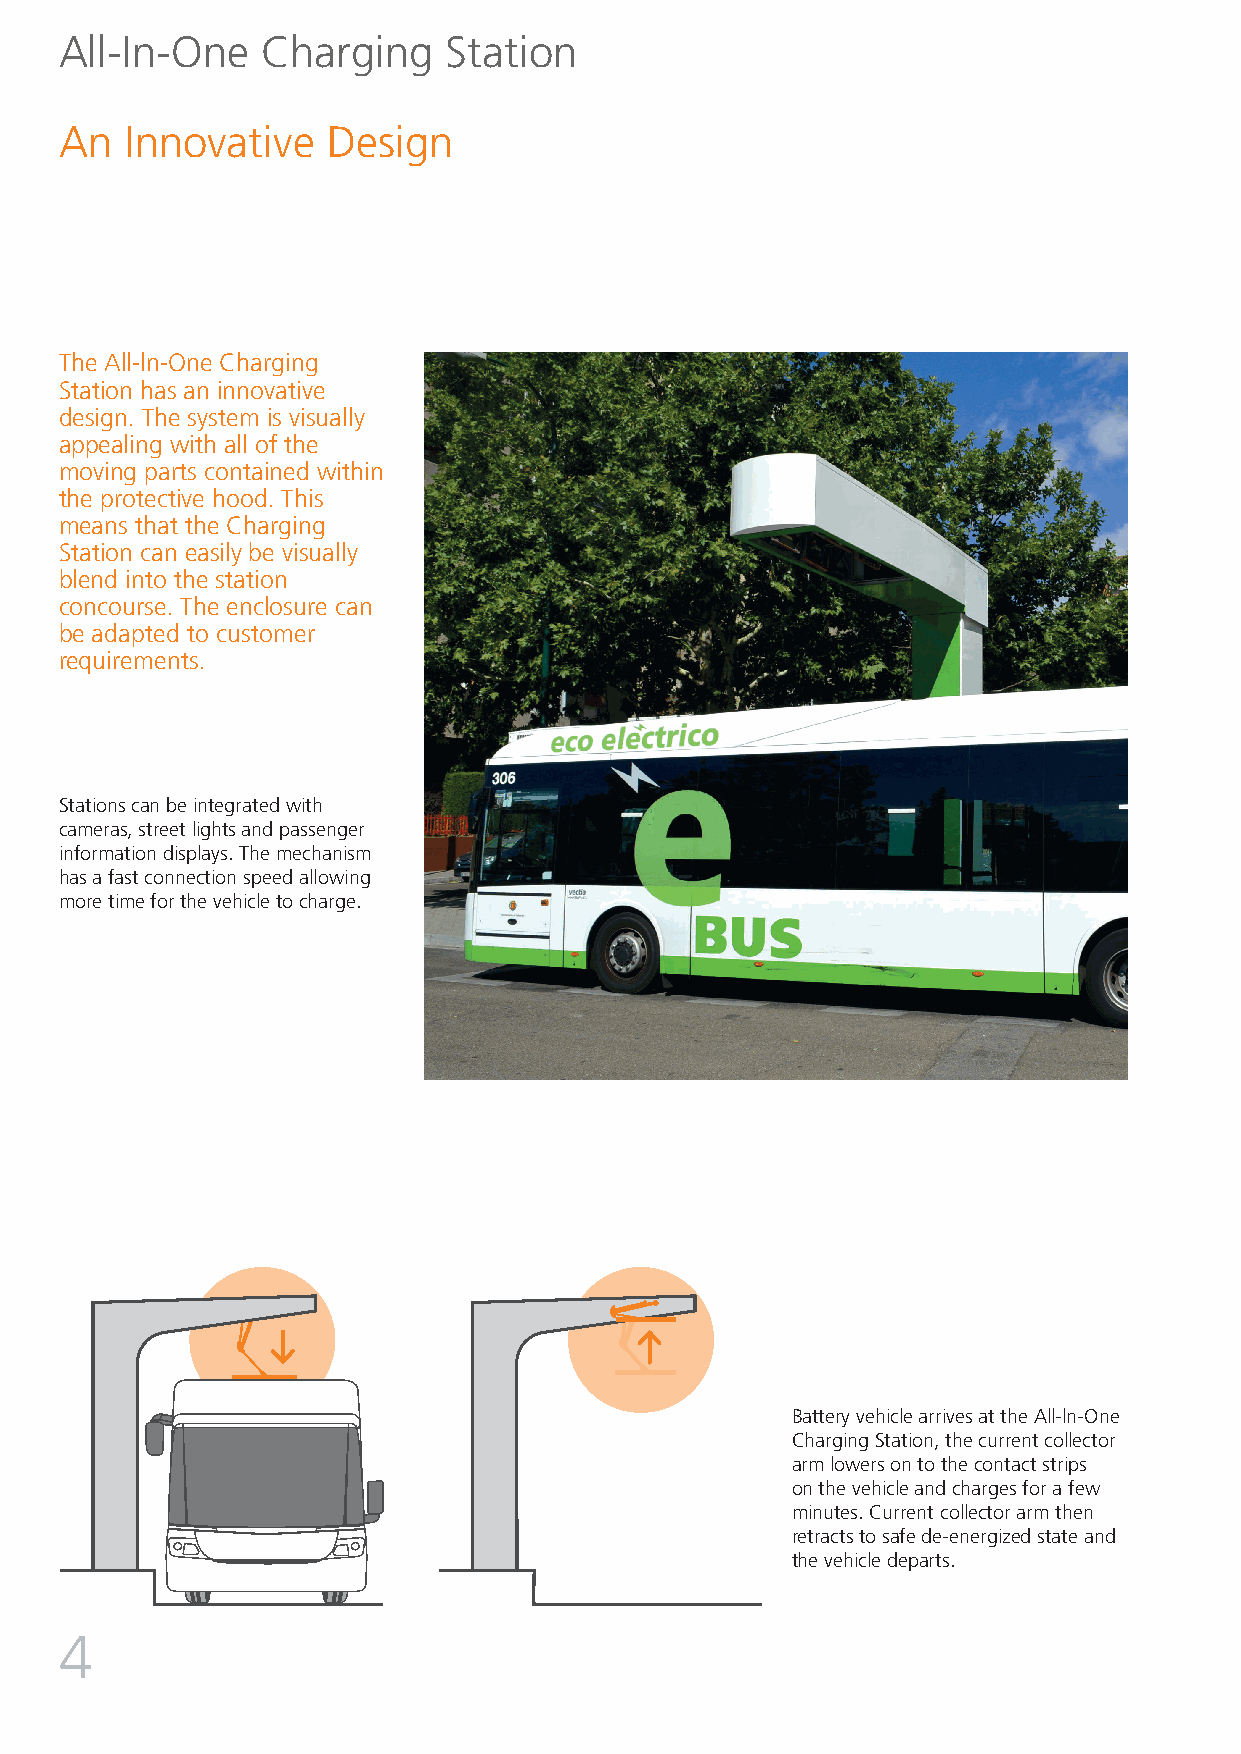
All-In-One   Charging     Station
 An  Innovative    Design
 The All-ln-One Charging
 Station has an innovative
 design. The system is visually
 appealing with all of the
 moving parts contained within
 the protective hood. This
 means that the Charging
 Station can easily be visually
 blend into the station
 concourse. The enclosure can
 be adapted to customer
 requirements.
 Stations can be integrated with
 cameras, street lights and passenger
 information displays. The mechanism
 has a fast connection speed allowing
 more time for the vehicle to charge.
 Battery vehicle arrives at the All-ln-One
 Charging Station, the current collector
 arm lowers on to the contact strips
 on the vehicle and charges for a few
 minutes. Current collector arm then
 retracts to safe de-energized state and
 the vehicle departs.
 4